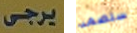
يرجى ستصمد